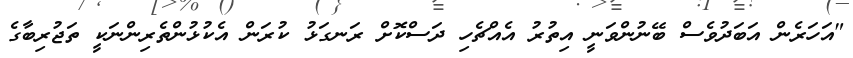
"އަހަރެން އަބަދުވެސް ބޭނުންވަނީ އިތުރު އެއްޗެހި ދަސްކޮށް ރަނގަޅު ކުރަން އެކުޅުންތެރިންނަކީ ތަޖުރިބާގެ